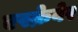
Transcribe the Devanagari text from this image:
एस्क्रेवेर